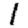
Digit: 1